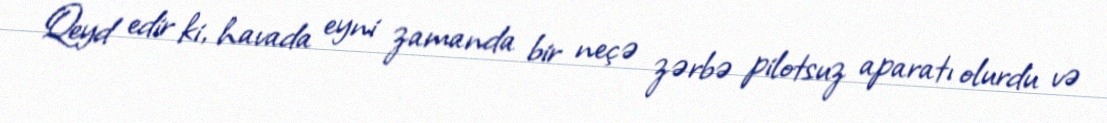
Qeyd edir ki, havada eyni zamanda bir neçə zərbə pilotsuz aparatı olurdu və